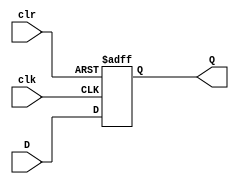
module DFF_with_Clear (
    input D,
    input clk,
    input clr,
    output reg Q
);

always @(posedge clk or posedge clr)
begin
    if (clr)
        Q <= 1'b0;
    else
        Q <= D;
end

endmodule